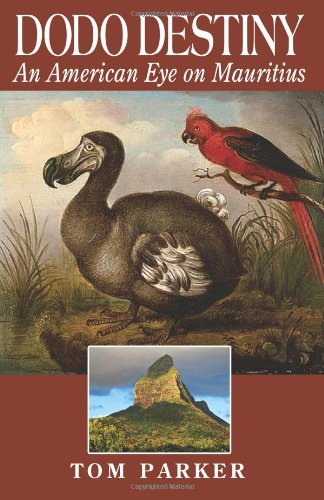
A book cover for Dodo Destiny: An American Eye On Mauritius; Tom Parker; Travel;